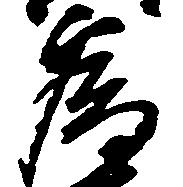
為